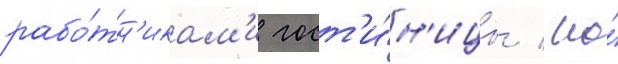
рабо́тн'икам'и гост'и́н'ицы / но́